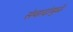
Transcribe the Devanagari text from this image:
संवादांमुळे